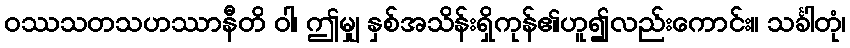
ဝဿသတသဟဿာနီတိ ဝါ၊ ဤမျှ နှစ်အသိန်းရှိကုန်၏ဟူ၍လည်းကောင်း။ သင်္ခါတုံ၊